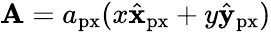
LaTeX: \mathbf{A}=a_{\mathrm{px}}(x\hat{\mathbf{x}}_{\mathrm{px}}+y\hat{\mathbf{y}}_{\mathrm{px}})